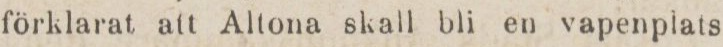
förklarat att Altona skall bli en vapenplats